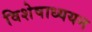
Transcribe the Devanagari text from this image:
विशेषाध्ययन